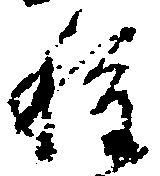
種